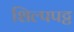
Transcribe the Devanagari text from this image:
शिल्पपट्ट